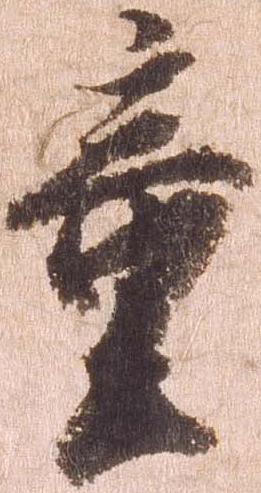
童